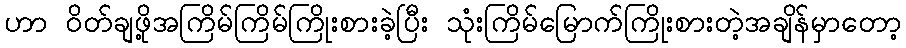
ဟာ ၀ိတ်ချဖို့အကြိမ်ကြိမ်ကြိုးစားခဲ့ပြီး သုံးကြိမ်မြောက်ကြိုးစားတဲ့အချိန်မှာတော့